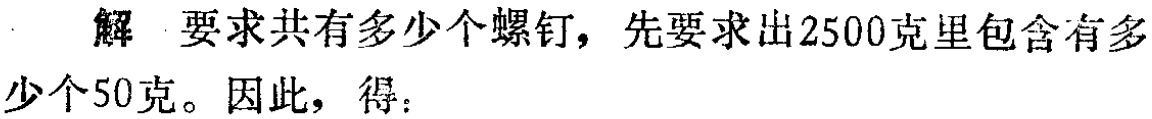
解 要求共有多少个螺钉，先要求出2500克里包含有多少个50克。因此，得：